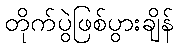
တိုက်ပွဲဖြစ်ပွားချိန်